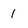
Character: 1